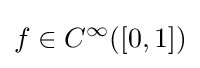
f\in C^{\infty }([0,1])